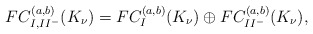
\begin{align*} FC^{(a,b)}_{I,II^-}(K_\nu)=FC^{(a,b)}_I(K_\nu)\oplus FC^{(a,b)}_{II^-}(K_\nu),\end{align*}